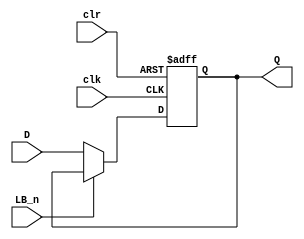
module regB (clr, clk, D, Q,LB_n);
input clr;
input clk,LB_n;
input [7:0] D;
output reg [7:0] Q;

always @(posedge clk or negedge clr)
begin
	if (!clr)
		Q <= 0;
	else if(!LB_n)
		Q <= D;
end
endmodule